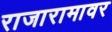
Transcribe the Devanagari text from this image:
राजारामावर